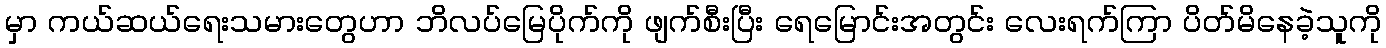
မှာ ကယ်ဆယ်ရေးသမားတွေဟာ ဘိလပ်မြေပိုက်ကို ဖျက်စီးပြီး ရေမြောင်းအတွင်း လေးရက်ကြာ ပိတ်မိနေခဲ့သူကို